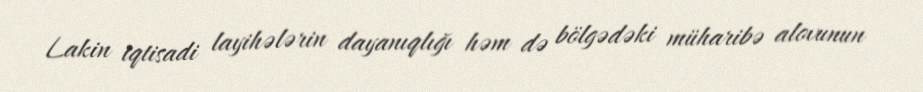
Lakin iqtisadi layihələrin dayanıqlığı həm də bölgədəki müharibə alovunun